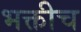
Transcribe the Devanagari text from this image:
भक्तीच